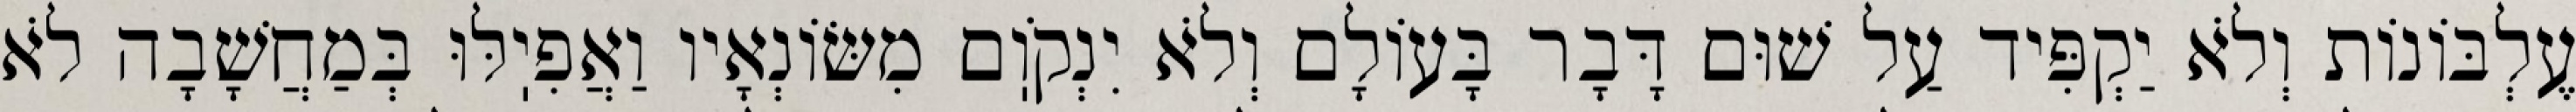
עֶלְבּוֹנוֹת וְלֹא יַקְפִּיד עַל שׁוּם דָּבָר בָּעוֹלָם וְלֹא יִנְקֹוֽם מִשּׂוֹנְאָיו וַאֲפִיֽלּוּ בְּמַחֲשָׁבָה לֹא